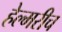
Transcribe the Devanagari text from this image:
हेल्मरीच